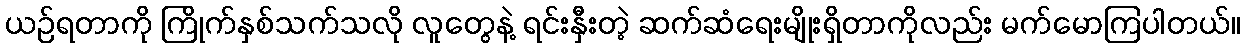
ယဉ်ရတာကို ကြိုက်နှစ်သက်သလို လူတွေနဲ့ ရင်းနှီးတဲ့ ဆက်ဆံရေးမျိုးရှိတာကိုလည်း မက်မောကြပါတယ်။